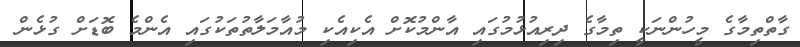
ގާތްތިމާގެ މީހުންނަކީ ތިމާގެ ދިރިއުޅުމުގައި އާންމުކޮށް އެކިއެކި މުއާމަލާތުތަކުގައި އެންމެ ބޮޑަށް ގުޅެން